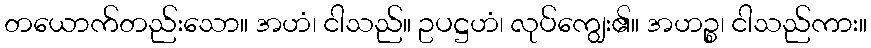
တယောက်တည်းသော။ အဟံ၊ ငါသည်။ ဥပဋ္ဌဟံ၊ လုပ်ကျွေး၏။ အဟဉ္စ၊ ငါသည်ကား။